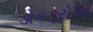
ડોકટરોએ